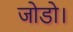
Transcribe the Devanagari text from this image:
जोडो।